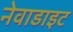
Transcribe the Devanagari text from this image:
नेवाडाइट